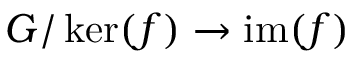
G / \ker ( f ) \to \operatorname { i m } ( f )